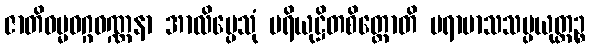
ဇာတိဓမ္မဝဂ္ဂဝဏ္ဏနာ အာလိမ္ပေသုံ ပရိယုဋ္ဌိတစိတ္တောတိ ပရာမာသသမ္ပယုတ္တဉ္စ